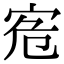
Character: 𡧭